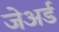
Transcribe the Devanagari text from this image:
जेअर्ड